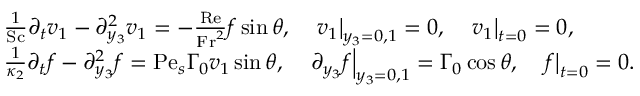
\begin{array} { r l } & { \frac { 1 } { \mathrm { S c } } \partial _ { t } v _ { 1 } - \partial _ { y _ { 3 } } ^ { 2 } v _ { 1 } = - \frac { \mathrm { R e } } { \mathrm { F r } ^ { 2 } } f \sin \theta , \quad \left. v _ { 1 } \right| _ { y _ { 3 } = 0 , 1 } = 0 , \quad \left. v _ { 1 } \right| _ { t = 0 } = 0 , } \\ & { \frac { 1 } { \kappa _ { 2 } } \partial _ { t } f - \partial _ { y _ { 3 } } ^ { 2 } f = \mathrm { P e } _ { s } \Gamma _ { 0 } v _ { 1 } \sin \theta , \quad \left. \partial _ { y _ { 3 } } f \right| _ { y _ { 3 } = 0 , 1 } = \Gamma _ { 0 } \cos \theta , \quad \left. f \right| _ { t = 0 } = 0 . } \end{array}